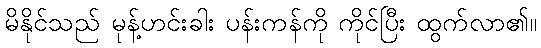
မိနိုင်သည် မုန့်ဟင်းခါး ပန်းကန်ကို ကိုင်ပြီး ထွက်လာ၏။